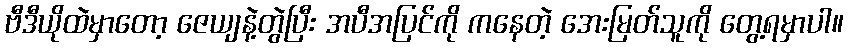
ဗီဒီယိုထဲမှာတော့ ဇေယျနဲ့တွဲပြီး အပီအပြင်ကို ကနေတဲ့ အေးမြတ်သူကို တွေ့ရမှာပါ။